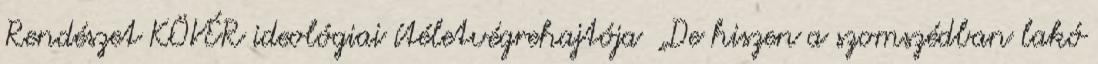
Rendészet KÖVÉR ideológiai ítéletvégrehajtója „De hiszen a szomszédban lakó